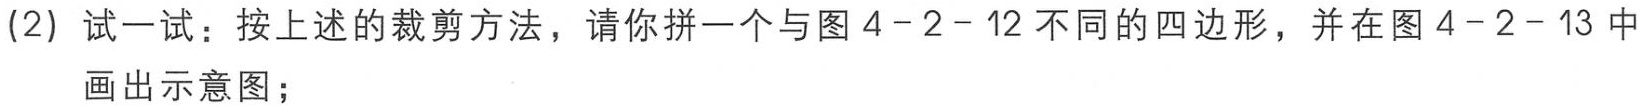
(2) 试一试：按上述的裁剪方法，请你拼一个与图 4 - 2 - 12 不同的四边形，并在图 4 - 2 - 13 中画出示意图；